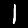
Label: 1